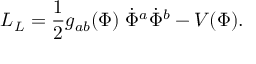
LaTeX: { \cal L } _ { L } = { \frac { 1 } { 2 } } g _ { a b } ( \Phi ) \; \dot { \Phi } ^ { a } \dot { \Phi } ^ { b } - V ( \Phi ) .